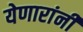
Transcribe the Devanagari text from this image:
येणारांनी